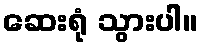
ဆေးရုံ သွားပါ။